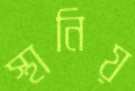
স্থানিয়